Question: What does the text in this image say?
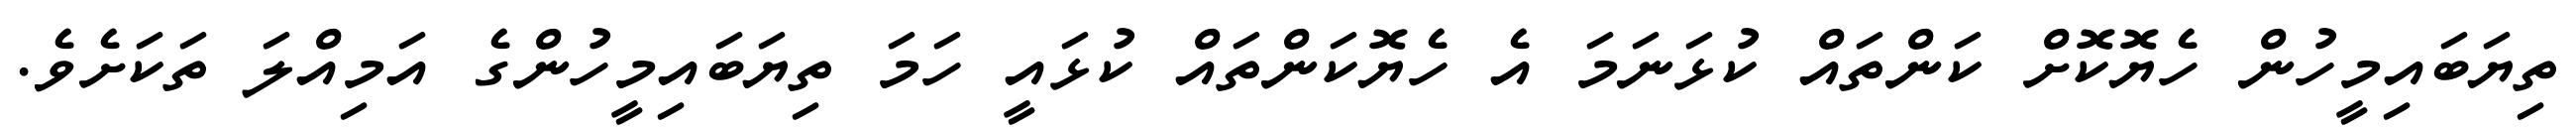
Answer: ތިޔަބައިމީހުން ހެޔޮކޮށް ކަންތައް ކުޅަނަމަ އެ ހެޔޮކަންތައް ކުޅައީ ހަމަ ތިޔަބައިމީހުންގެ އަމިއްލަ ތަކަށެވެ.